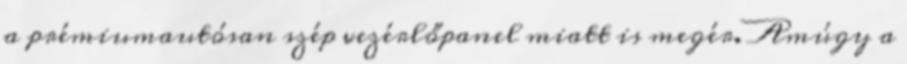
a prémiumautósan szép vezérlőpanel miatt is megér. Amúgy a